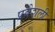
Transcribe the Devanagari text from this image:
प्रवेशली